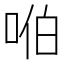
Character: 𪡈